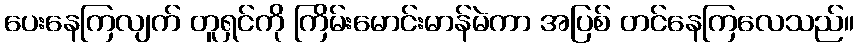
ပေးနေကြလျက် တူရှင်ကို ကြိမ်းမောင်းမာန်မဲကာ အပြစ် တင်နေကြလေသည်။